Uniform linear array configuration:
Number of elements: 64
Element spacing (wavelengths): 0.5
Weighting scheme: uniform
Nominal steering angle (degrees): -45
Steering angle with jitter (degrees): -46.236
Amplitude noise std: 0.05
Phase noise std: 0.05

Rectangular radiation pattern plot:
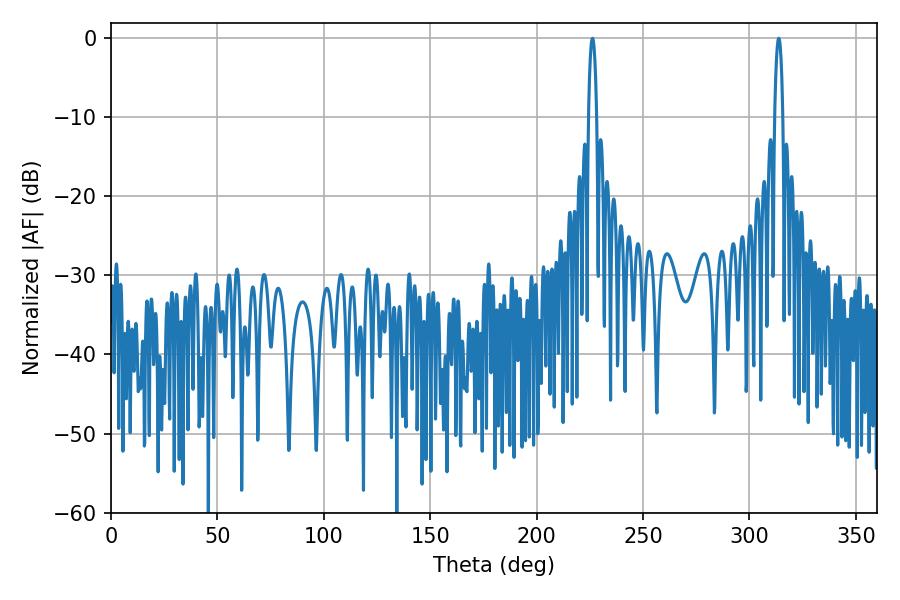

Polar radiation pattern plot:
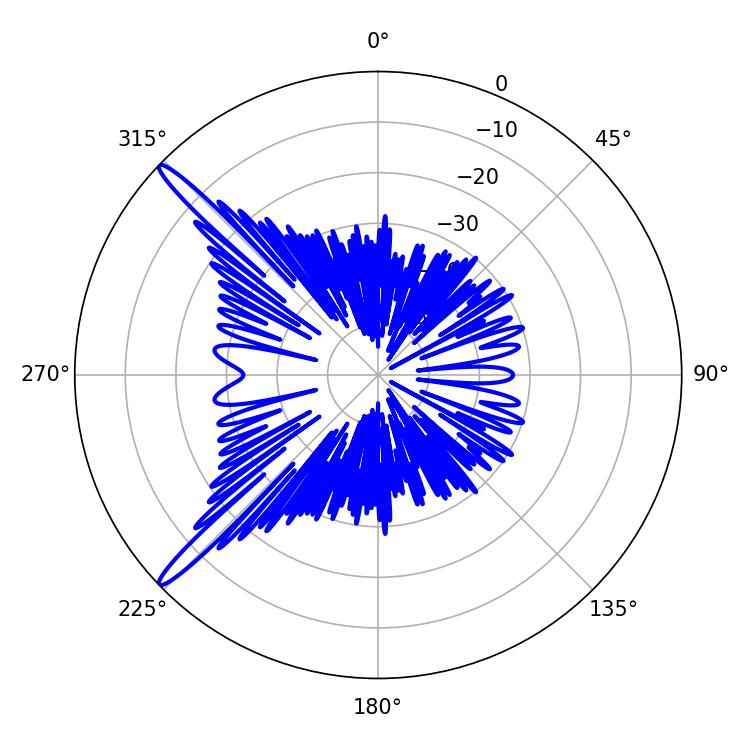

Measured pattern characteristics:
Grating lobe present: FALSE
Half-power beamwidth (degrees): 2.16
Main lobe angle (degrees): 313.74